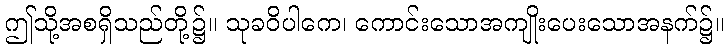
ဤသို့အစရှိသည်တို့၌။ သုခဝိပါကေ၊ ကောင်းသောအကျိုးပေးသောအနက်၌။